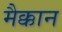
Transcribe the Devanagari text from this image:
मैक्कान